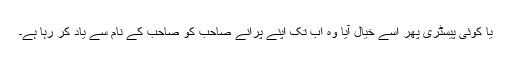
یا کوئی پیسٹری پھر اسے خیال آیا وہ اب تک اپنے پرانے صاحب کو صاحب کے نام سے یاد کر رہا ہے۔